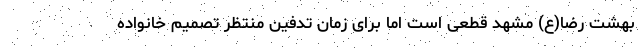
بهشت رضا(ع) مشهد قطعی است اما برای زمان تدفین منتظر تصمیم خانواده